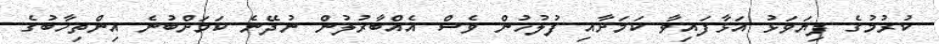
ކުރުމުގެ ފިޔަވަޅު އަޅާފައިވާ ކަމަށާއި ފުލުހުން ވެސް އެއްބާރުލުން ނުދޭނެ ކަމަށްބުނެ އިންތިހާބުގެ